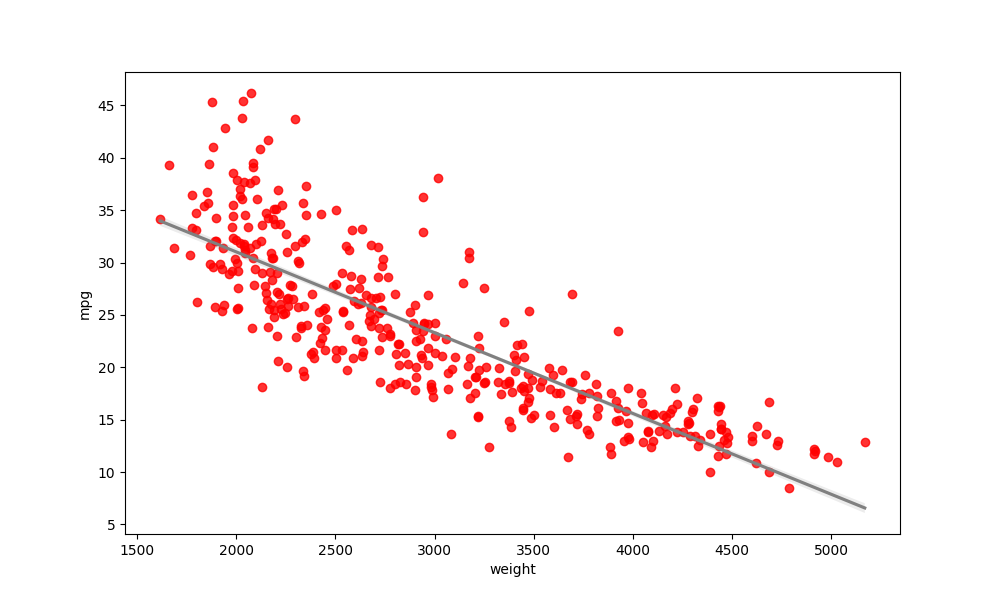
python, seaborn, regplot, order=1, ci=68, scatter_color=red, line_color=gray